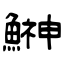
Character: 鰰